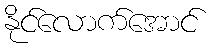
နိုင်လောက်အောင်